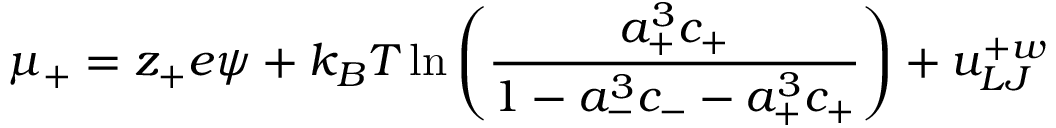
\mu _ { + } = z _ { + } e \psi + k _ { B } T \ln \left( { \frac { a _ { + } ^ { 3 } c _ { + } } { 1 - a _ { - } ^ { 3 } c _ { - } - a _ { + } ^ { 3 } c _ { + } } } \right) + u _ { L J } ^ { + w }